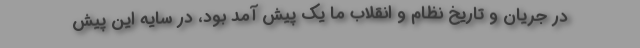
در جریان و تاریخ نظام و انقلاب ما یک پیش آمد بود، در سایه این پیش